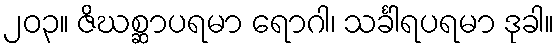
၂၀၃။ ဇိဃစ္ဆာပရမာ ရောဂါ၊ သင်္ခါရပရမာ ဒုခါ။